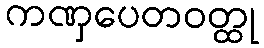
ကဏှပေတဝတ္ထု